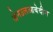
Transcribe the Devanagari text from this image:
जेनउलआबेदीन